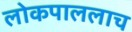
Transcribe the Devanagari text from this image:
लोकपाललाच